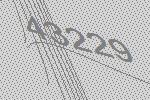
43229